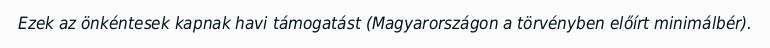
Ezek az önkéntesek kapnak havi támogatást (Magyarországon a törvényben előírt minimálbér).